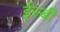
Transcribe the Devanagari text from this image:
ईस्बी